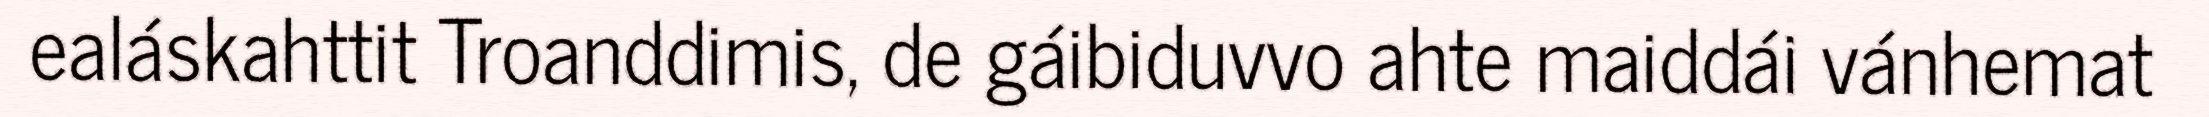
ealáskahttit Troanddimis, de gáibiduvvo ahte maiddái vánhemat